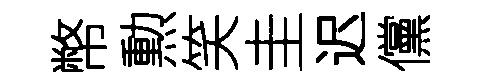
幣勲笑圭迟儻